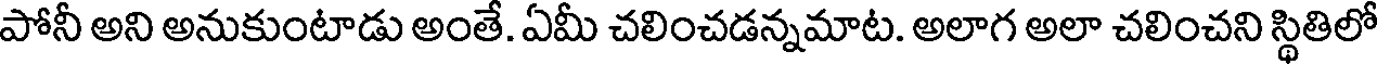
పోనీ అని అనుకుంటాడు అంతే. ఏమీ చలించడన్నమాట. అలాగ అలా చలించని స్థితిలో